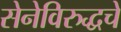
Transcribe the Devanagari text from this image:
सेनेविरुद्धचे